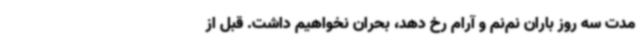
مدت سه روز باران نم‌نم و آرام رخ دهد، بحران نخواهیم داشت. قبل از